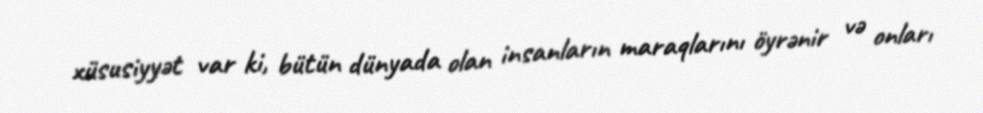
xüsusiyyət var ki, bütün dünyada olan insanların maraqlarını öyrənir və onları